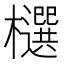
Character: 𣟙